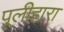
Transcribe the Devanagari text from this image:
पूलीहारा